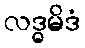
လဒ္ဓမိဒံ